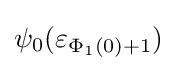
\psi _{0}(\varepsilon _{\Phi _{1}(0)+1})